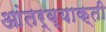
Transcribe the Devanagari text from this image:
आंतर्व्याक्ती